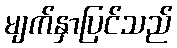
မျက်နှာပြင်သည်